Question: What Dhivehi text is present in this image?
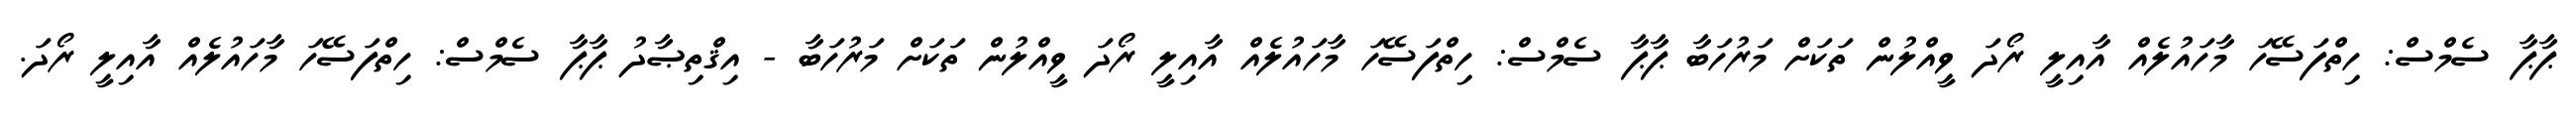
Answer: ޕާޕާ ސެމްސް: ހިތްފަސޭހަ މާހައުލެއް އާއިލީ ރޯދަ ވީއްލުން ތަކަށް މަރުހަބާ ޕާޕާ ސެމްސް: ހިތްފަސޭހަ މާހައުލެއް އާއިލީ ރޯދަ ވީއްލުން ތަކަށް މަރުހަބާ - އިޤްތިޞާދު ޕާޕާ ސެމްސް: ހިތްފަސޭހަ މާހައުލެއް އާއިލީ ރޯދަ.